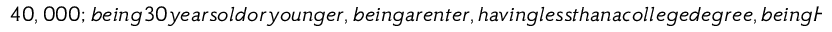
4 0 , 0 0 0 ; b e i n g 3 0 y e a r s o l d o r y o u n g e r , b e i n g a r e n t e r , h a v i n g l e s s t h a n a c o l l e g e d e g r e e , b e i n g H i s p a n i c , b e i n g m a r r i e d , h a v i n g c h i l d r e n , a n d b e i n g B l a c k . A s c a n b e s e e n i n F i g . ~ ( b l u e l i n e s ) a s w e l l a s T a b . ~ , a l l o f t h e W L S c o e f f i c i e n t s a r e v e r y w e a k ( c l o s e t o 0 ) a n d a l l b u t o n e a r e s t a t i s t i c a l l y i n s i g n i f i c a n t . T h e o n l y c o e f f i c i e n t t h a t i s s t a t i s t i c a l l y s i g n i f i c a n t i s p o s i t i v e a n d c o r r e s p o n d s t o t h e c h a r a c t e r i s t i c o f b e i n g H i s p a n i c . W e a l s o r e p e a t t h i s a n a l y s i s u s i n g O L S ( F i g . ~ , r e d l i n e s ) t o n o t o b s c u r e t h e e f f e c t o f t h e w e i g h t s o f